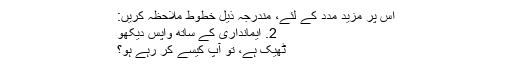
اس پر مزید مدد کے لئے، مندرجہ ذیل خطوط ملاحظہ کریں:
2. ایمانداری کے ساتھ واپس دیکھو
ٹھیک ہے، تو آپ کیسے کر رہے ہو؟